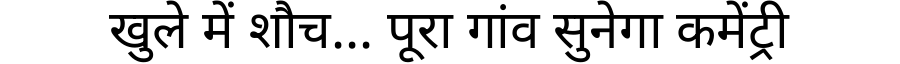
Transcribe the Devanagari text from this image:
खुले में शौच... पूरा गांव सुनेगा कमेंट्री